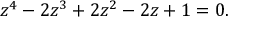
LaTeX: z ^ { 4 } - 2 z ^ { 3 } + 2 z ^ { 2 } - 2 z + 1 = 0 .